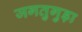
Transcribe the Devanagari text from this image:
जगतुगुड़ा